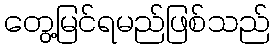
တွေ့မြင်ရမည်ဖြစ်သည်